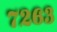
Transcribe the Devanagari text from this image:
७२६३